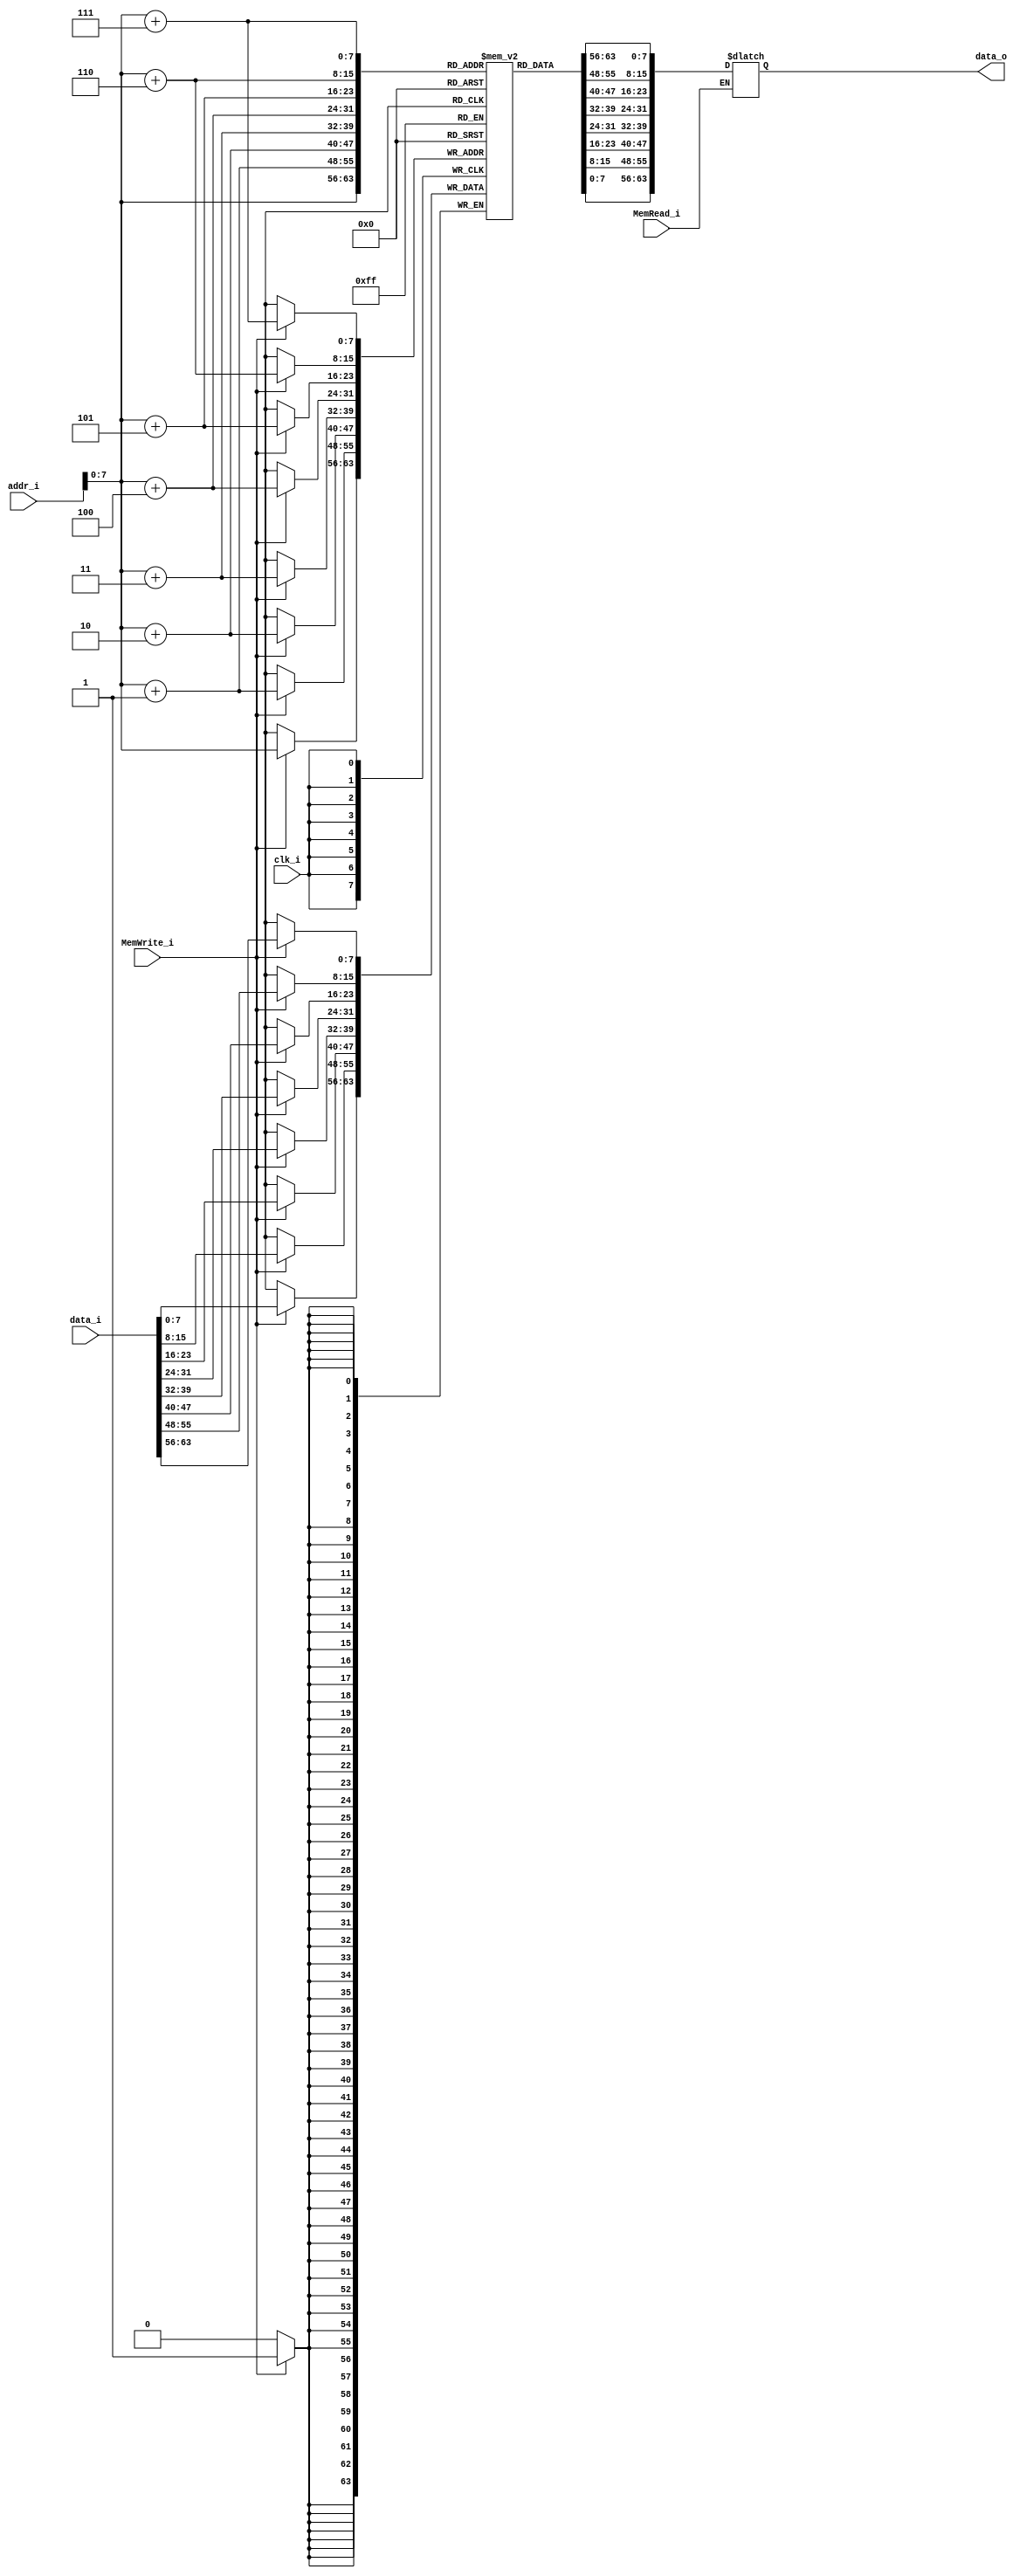
`timescale 1ns / 1ps
//////////////////////////////////////////////////////////////////////////////////
// Company: 
// Engineer: 
// 
// Create Date:    
// Design Name: 
// Module Name:    Data_Memory 
// Project Name: 
// Target Devices: 
// Tool versions: 
// Description: 
//
// Dependencies: 
//
// Revision: 
// Revision 0.01 - File Created
// Additional Comments: 
//
//////////////////////////////////////////////////////////////////////////////////
module Data_Memory
(
	clk_i,
	addr_i,
	data_i,
	MemRead_i,
	MemWrite_i,
	data_o
);

// Interface
input				clk_i;
input	[64-1:0]		addr_i;
input	[64-1:0]		data_i;
input				MemRead_i;
input				MemWrite_i;
output	[64-1:0] 		data_o;

// Signals
reg		[64-1:0]		data_o;

// Memory
reg		[7:0]		Mem 			[0:255];	// address: 0x00~0x80
integer				i;

// For Testbench to debug
wire	[31:0]		memory			[0:31];
assign  memory[0] = {Mem[7], Mem[6], Mem[5], Mem[4], Mem[3], Mem[2], Mem[1], Mem[0]};
assign  memory[1] = {Mem[15], Mem[14], Mem[13], Mem[12], Mem[11], Mem[10], Mem[9], Mem[8]};
assign  memory[2] = {Mem[23], Mem[22], Mem[21], Mem[20], Mem[19], Mem[18], Mem[17], Mem[16]};
assign  memory[3] = {Mem[31], Mem[30], Mem[29], Mem[28], Mem[27], Mem[26], Mem[25], Mem[24]};
assign  memory[4] = {Mem[39], Mem[38], Mem[37], Mem[36], Mem[35], Mem[34], Mem[33], Mem[32]};
assign  memory[5] = {Mem[47], Mem[46], Mem[45], Mem[44], Mem[43], Mem[42], Mem[41], Mem[40]};
assign  memory[6] = {Mem[55], Mem[54], Mem[53], Mem[52], Mem[51], Mem[50], Mem[49], Mem[48]};
assign  memory[7] = {Mem[63], Mem[62], Mem[61], Mem[60], Mem[59], Mem[58], Mem[57], Mem[56]};
assign  memory[8] = {Mem[71], Mem[70], Mem[69], Mem[68], Mem[67], Mem[66], Mem[65], Mem[64]};
assign  memory[9] = {Mem[79], Mem[78], Mem[77], Mem[76], Mem[75], Mem[74], Mem[73], Mem[72]};
assign  memory[10] = {Mem[87], Mem[86], Mem[85], Mem[84], Mem[83], Mem[82], Mem[81], Mem[80]};
assign  memory[11] = {Mem[95], Mem[94], Mem[93], Mem[92], Mem[91], Mem[90], Mem[89], Mem[88]};
assign  memory[12] = {Mem[103], Mem[102], Mem[101], Mem[100], Mem[99], Mem[98], Mem[97], Mem[96]};
assign  memory[13] = {Mem[111], Mem[110], Mem[109], Mem[108], Mem[107], Mem[106], Mem[105], Mem[104]};
assign  memory[14] = {Mem[119], Mem[118], Mem[117], Mem[116], Mem[115], Mem[114], Mem[113], Mem[112]};
assign  memory[15] = {Mem[127], Mem[126], Mem[125], Mem[124], Mem[123], Mem[122], Mem[121], Mem[120]};
assign  memory[16] = {Mem[135], Mem[134], Mem[133], Mem[132], Mem[131], Mem[130], Mem[129], Mem[128]};
assign  memory[17] = {Mem[143], Mem[142], Mem[141], Mem[140], Mem[139], Mem[138], Mem[137], Mem[136]};
assign  memory[18] = {Mem[151], Mem[150], Mem[149], Mem[148], Mem[147], Mem[146], Mem[145], Mem[144]};
assign  memory[19] = {Mem[159], Mem[158], Mem[157], Mem[156], Mem[155], Mem[154], Mem[153], Mem[152]};
assign  memory[20] = {Mem[167], Mem[166], Mem[165], Mem[164], Mem[163], Mem[162], Mem[161], Mem[160]};
assign  memory[21] = {Mem[175], Mem[174], Mem[173], Mem[172], Mem[171], Mem[170], Mem[169], Mem[168]};
assign  memory[22] = {Mem[183], Mem[182], Mem[181], Mem[180], Mem[179], Mem[178], Mem[177], Mem[176]};
assign  memory[23] = {Mem[191], Mem[190], Mem[189], Mem[188], Mem[187], Mem[186], Mem[185], Mem[184]};
assign  memory[24] = {Mem[199], Mem[198], Mem[197], Mem[196], Mem[195], Mem[194], Mem[193], Mem[192]};
assign  memory[25] = {Mem[207], Mem[206], Mem[205], Mem[204], Mem[203], Mem[202], Mem[201], Mem[200]};
assign  memory[26] = {Mem[215], Mem[214], Mem[213], Mem[212], Mem[211], Mem[210], Mem[209], Mem[208]};
assign  memory[27] = {Mem[223], Mem[222], Mem[221], Mem[220], Mem[219], Mem[218], Mem[217], Mem[216]};
assign  memory[28] = {Mem[231], Mem[230], Mem[229], Mem[228], Mem[227], Mem[226], Mem[225], Mem[224]};
assign  memory[29] = {Mem[239], Mem[238], Mem[237], Mem[236], Mem[235], Mem[234], Mem[233], Mem[232]};
assign  memory[30] = {Mem[247], Mem[246], Mem[245], Mem[244], Mem[243], Mem[242], Mem[241], Mem[240]};
assign  memory[31] = {Mem[255], Mem[254], Mem[253], Mem[252], Mem[251], Mem[250], Mem[249], Mem[248]};

initial begin
	for(i=0; i<256; i=i+1)
		Mem[i] = 8'b0;

end 

always@(posedge clk_i) begin
    if(MemWrite_i) begin
		Mem[addr_i+7] <= data_i[63:56];
		Mem[addr_i+6] <= data_i[55:48];
		Mem[addr_i+5] <= data_i[47:40];
		Mem[addr_i+4] <= data_i[39:32];
		Mem[addr_i+3] <= data_i[31:24];
		Mem[addr_i+2] <= data_i[23:16];
		Mem[addr_i+1] <= data_i[15:8];
		Mem[addr_i]   <= data_i[7:0];
	end
end

always@(addr_i or MemRead_i) begin
	if(MemRead_i)
		data_o = {Mem[addr_i+7], Mem[addr_i+6], Mem[addr_i+5], Mem[addr_i+4], Mem[addr_i+3], Mem[addr_i+2], Mem[addr_i+1], Mem[addr_i]};
end

endmodule